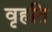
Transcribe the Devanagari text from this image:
वृहति